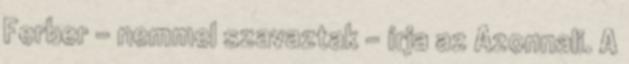
Ferber – nemmel szavaztak – írja az Azonnali. A